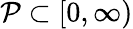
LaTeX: \mathcal{P}\subset[0,\infty)